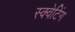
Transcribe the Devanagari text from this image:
स्क्वेटिंग